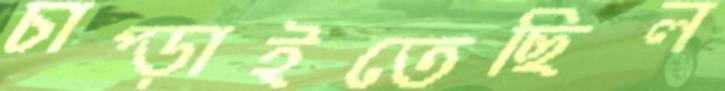
চাপ্‌ড়াইতেছিল